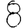
Digit: 8